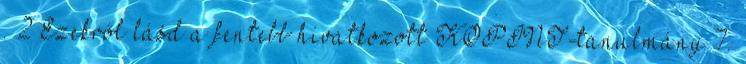
. 2 Ezekről lásd a fentebb hivatkozott KOPINT-tanulmány 7.